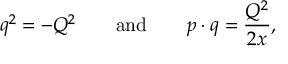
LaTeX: q ^ { 2 } = - Q ^ { 2 } \qquad \mathrm { a n d } \qquad p \cdot q = { \frac { Q ^ { 2 } } { 2 x } } ,